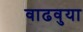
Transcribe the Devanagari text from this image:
वाढवुया